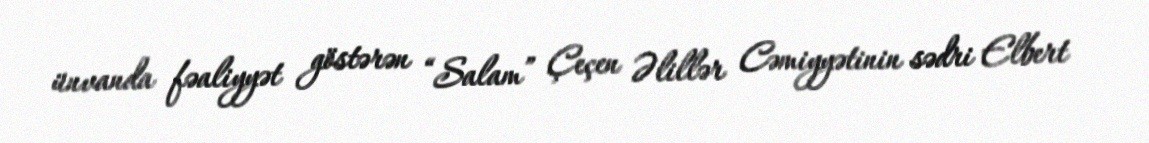
ünvanda fəaliyyət göstərən “Salam” Çeçen Əlillər Cəmiyyətinin sədri Elbert